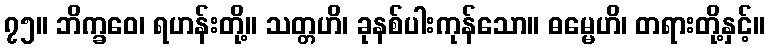
၇၅။ ဘိက္ခဝေ၊ ရဟန်းတို့။ သတ္တဟိ၊ ခုနစ်ပါးကုန်သော။ ဓမ္မေဟိ၊ တရားတို့နှင့်။